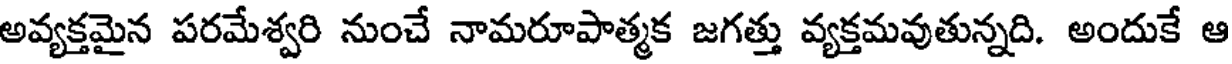
అవ్యక్తమైన పరమేశ్వరి నుంచే నామరూపాత్మక జగత్తు వ్యక్తమవుతున్నది. అందుకే ఆ